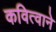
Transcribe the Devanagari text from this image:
कवित्वाने